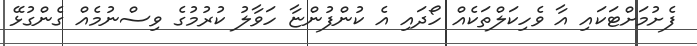
ފެށުމަށްޓަކައި އާ ވެހިކަލްތަކެއް ހޯދައި އެ ކުންފުންޏާ ހަވާލު ކުރުމުގެ ވިސްނުމެއް ގެންގުޅޭ